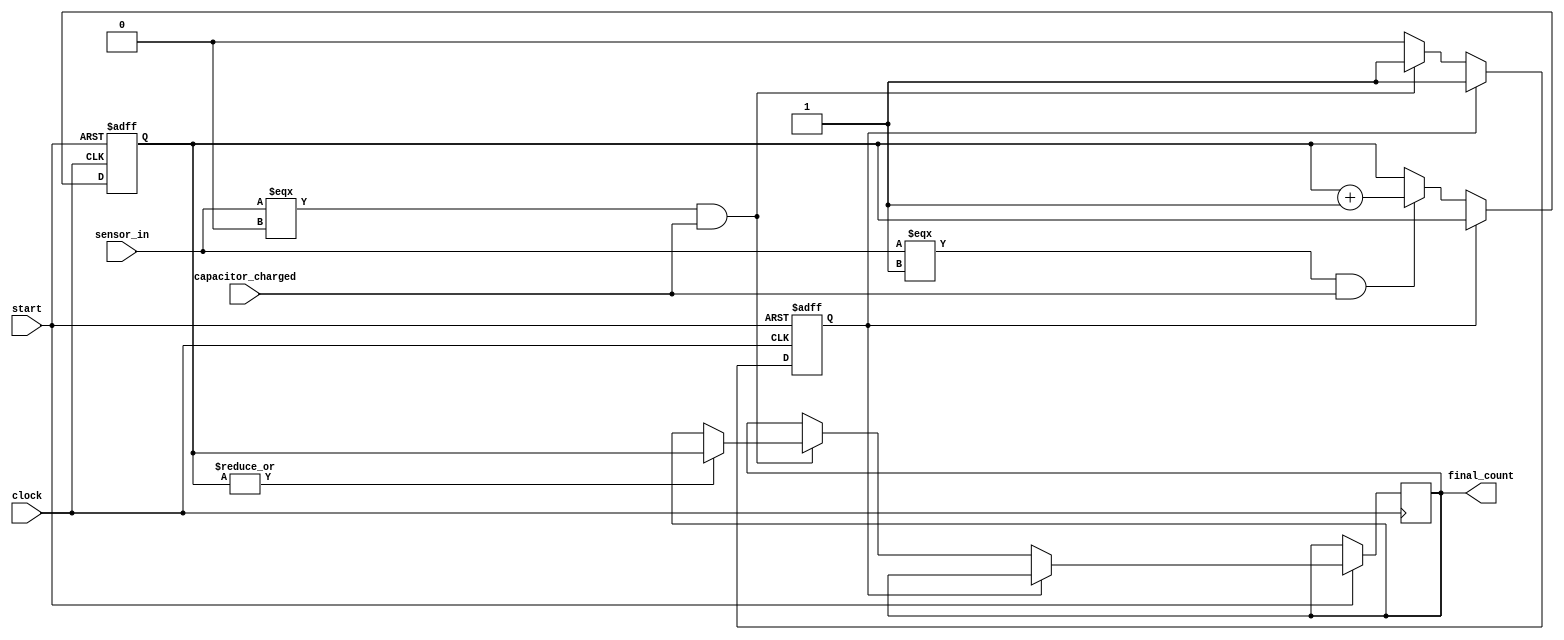
module capacitive_sensor(clock, start, capacitor_charged, sensor_in, final_count);


	input clock, start, capacitor_charged, sensor_in;
	
	output reg [31:0] final_count;
	
	reg [31:0] count;
	reg sensing_complete;
	

	initial begin
		final_count <= 32'b0;
		sensing_complete <= 1'b0;
	end
	
	always @(posedge clock or negedge start) begin
	
		if(!start) begin 				
			sensing_complete <= 1'b0;
			count <= 32'b0;	
		end
	
		else if(!sensing_complete) begin

			if(sensor_in === 1'b1 & capacitor_charged) begin // when sensor reads high and capacitor is charged, increment counter until capactor drains
				count <= count + 32'b1;
			end
			
			if(sensor_in === 1'b0 & capacitor_charged) begin // when sensor drains, latch count into final count, sensing complete.
				final_count <= |count? count : final_count; // from empirical analysis, final count is 0 randomly sometimes -- we will ignore those
				sensing_complete <= 1'b1;
			end
			
		end
	
	end


endmodule